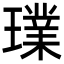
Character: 𤩶